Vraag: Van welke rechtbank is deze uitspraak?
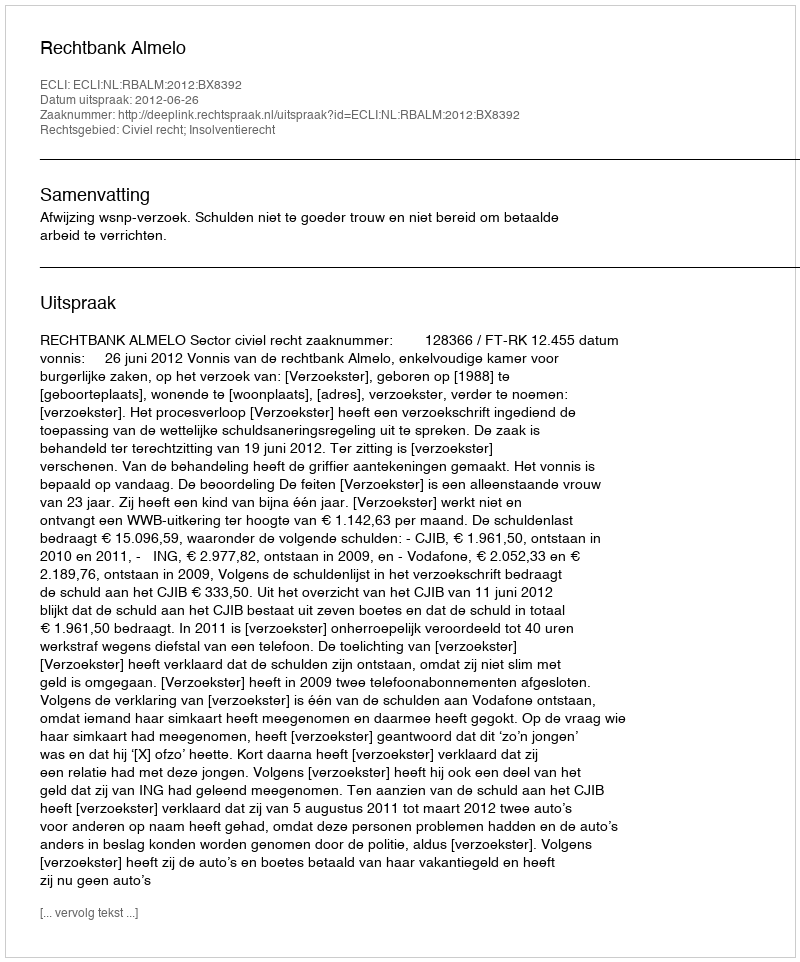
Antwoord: Rechtbank Almelo